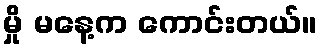
မှို မနေ့က ကောင်းတယ်။